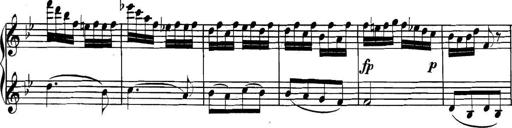
Title: Collected Piano Sonatas
Composer: Muzio Clementi